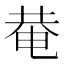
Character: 𤲅